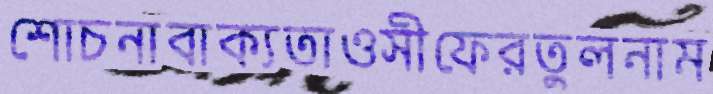
শোচনাবাক্যতাওসীফেরতুলনাম